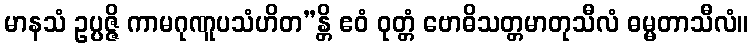
မာနသံ ဥပ္ပဇ္ဇိ ကာမဂုဏူပသံဟိတ”န္တိ ဧဝံ ဝုတ္တံ ဗောဓိသတ္တမာတုသီလံ ဓမ္မတာသီလံ။